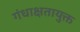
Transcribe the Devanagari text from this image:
गंधाक्षतायुक्त